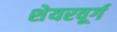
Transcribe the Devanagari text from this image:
शेयरवूर्ग